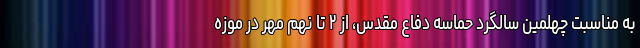
به مناسبت چهلمین سالگرد حماسه دفاع مقدس، از ۲ تا نهم مهر در موزه